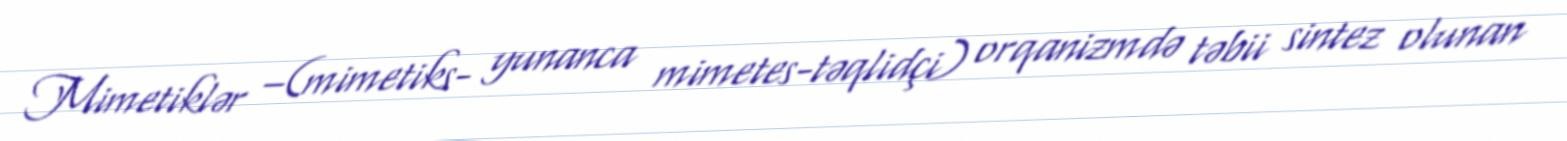
Mimetiklər –(mimetiks- yunanca mimetes-təqlidçi) orqanizmdə təbii sintez olunan